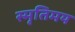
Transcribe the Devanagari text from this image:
स्मृतिमय